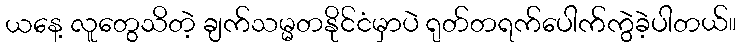
ယနေ့ လူတွေသိတဲ့ ချက်သမ္မတနိုင်ငံမှာပဲ ရုတ်တရက်ပေါက်ကွဲခဲ့ပါတယ်။